Annual administration report of the Civil Veterinary Department, Ajmere-Merwara, British Rajputana - 1914-1940
Year: 1914
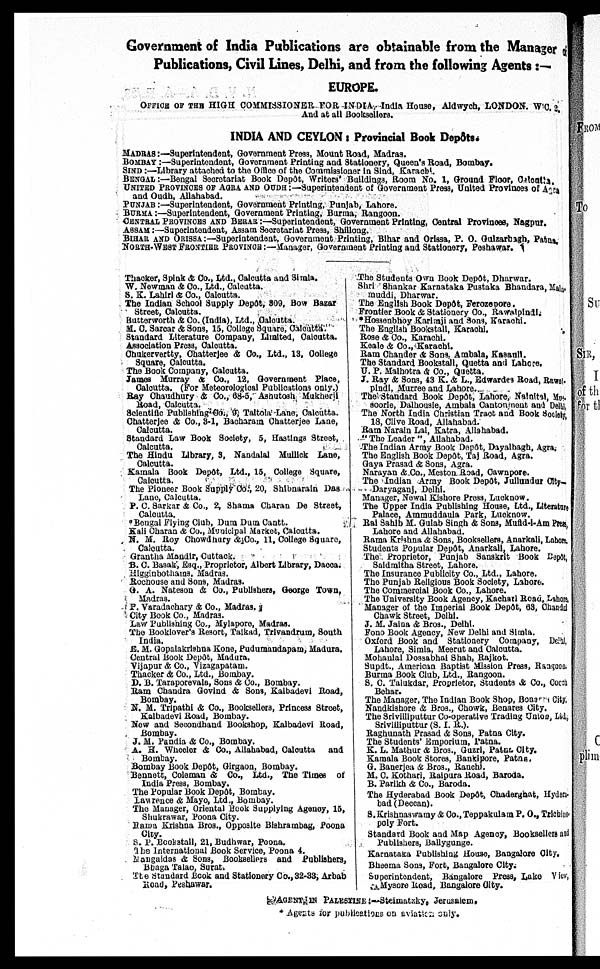
Government of India Publications are obtainable from the Manager of
Publications, Civil Lines, Delhi, and from the following Agents:—
EUROPE.
OFFICE OF THE HIGH COMMISSIONER FOR INDIA, India House, Aldwych, LONDON. W'C. 2.
And at all Booksellers.
INDIA AND CEYLON: Provincial Book Depôts.
MADRAS:—Superintendent, Government Press, Mount Road, Madras.
BOMBAY:— Superintendent, Government Printing and Stationery, Queen's Road, Bombay.
SIND:—Library attached to the Office of the Commissioner in Sind, Karachi.
BENGAL:—Bengal Soorotariat Book Depôt, Writers' Buildings, Room No. 1, Ground Floor, Calcutta.
UNITED PROVINCE OF AGRA AND OUDH:—Superintendent of Government Press, United Provinces of Agra
and Oudh, Allahabad.
PUNJAB:—Superintendent, Government Printing, Punjab, Lahore.
BURMA:—Superintendent, Government Printing, Burma, Rangoon.
CENTRAL PROVINCES AND BERAR:—Superintendent, Government Printing, Central Provinces, Nagpur.
ASSAM:—Superintendent, Assam Secretariat Press, Shillong.
BIHAR AND ORISSA:—Superintendent, Government Printing, Bihar and Orissa, P. O. Gulzarbagh, Patna.
NORTH-WEST FRONTIER PROVINCE:—Manager, Government Printing and Stationery, Peshawar.
Thacker, Spink & Co., Ltd., Calcutta and Simla.
W. Newman & Co., Ltd., Calcutta.
S. K. Lahiri & Co., Calcutta.
The Indian School Supply Depôt, 809, Bow Bazar
Street, Calcutta.
Butterworth & Co. (India), Ltd., Calcutta.
M. C. Sarcar & Sons, 15, College Square, Calcutta.
Standard Literature Company, Limited, Calcutta.
Association Press, Calcutta.
Chukervertty, Chatterjee & Co., Ltd., 13, College
Square, Calcutta.
The Book Company, Calcutta.
James Murray & Co., 12, Government Place,
Calcutta. (For Meteorological Publications only.)
Ray Chaudhury & Co., 68-5, Ashatosh Mukherji
Road, Calcutta.
Scientific Publishing Co., 9, Taltola Lane, Calcutta.
Chatterjee & Co., 3-1, Bacharata Chatterjee Lane,
Calcutta.
Standard Law Book Society, 5, Hastings Street,
Calcutta.
The Hindu Library, 3, Nandalal Mullick Lane,
Calcutta.
Kamala Book Depôt, Ltd., 15, College Square,
Calcutta.
The Pioneer Book Supply Co., 20, Shibnarain Das
Lane, Calcutta.
P. C. Sarkar & Co., 2, Shama Charan De Street,
Calcutta.
*Bengal Flying Club, Dum Dum Cantt.
Kali Charan & Co., Municipal Market, Calcutta.
N. M. Roy Chowdhury & Co., 11, College Square,
Calcutta.
Grantha Mandir, Cuttack.
B. C. Basak, Esq., Proprietor, Albert Library, Dacca.
Higginbothains, Madras.
Rochouse and Sons, Madras.
G. A. Nateson & Co., Publishers, George Town,
Madras.
P. Varadachary & Co., Madras.
City Book Co., Madras.
Law Publishing Co., Mylapore, Madras.
The Booklover's Resort, Taikad, Trivandrum, South
India.
E. M. Gopalakrishna Kone, Pudumandapam, Madura.
Central book Depôt, Madura.
Vijapur & Co., Vizagapatam.
Thacker & Co., Ltd., Bombay.
D. B. Taraporevala, Sons & Co., Bombay.
Ram Chandra Govind & Sons, Kalbadevi Road,
Bombay.
N. M. Tripathi & Co., Booksellers, Princess Street,
Kalbadevi Road, Bombay.
New and Secondhand Bookshop, Kalbadevi Road,
Bombay.
J. M. Pandia & Co., Bombay.
A. H. Wheeler & Co., Allahabad, Calcutta
and
Bombay.
Bombay Book Depôt, Girgaon, Bombay.
Bennett, Coleman & Co., Ltd., The Times of
India Press, Bombay.
The Popular Book Depôt, Bombay.
Lawrence & Mayo, Ltd., Bombay.
The Manager, Oriental Book Supplying Agency, 15,
Shukrawar, Poona City.
Rama Krishna Bros., Opposite Bishrambag, Poona
City.
S. P. Bookstall, 21, Budhwar, Poona.
The International Book Service, Poona 4.
Mangaldas & Sons, Booksellers and Publishers,
Bhaga Talao, Surat.
The standard Book and Stationery Co., 32-33, Arbab
Road, Peshawar.
The Students Own Book Depôt, Dharwar.
Shri Shankar Karnataka Pustaka Bhandara, Mala-
muddi, Dharwar.
The English Book Depôt, Ferozepore.
Frontier Book & Stationery Co., Rawalpindi.
*Hossenbhoy Karimji and Sons, Karachi.
The English Bookstall, Karachi.
Rose & Co., Karachi.
Keale & Co., Karachi.
Ram Chander & Sons, Ambala, Kasanll.
The Standard Bookstall, Quetta and Lahore.
U. P. Malhotra & Co., Quetta.
J. Ray & Sons, 43 K. & L., Edwardes Road, Rawal-
pindi, Murree and Lahore.
The. Standard Book Depôt, Lahore, Nainital, Mu-
soorie, Dalhousie, Ambala Cantonmont and Delhi
The North India Christian Tract and Book Society,
18, Clive Road, Allahabad.
Ram Narain Lal, Katra, Allahabad.
"The Leader", Allahabad.
The Indian Army Book Depôt, Dayalbagh, Agra,
The English Book Depôt, Taj Road, Agra.
Gaya Prasad & Sons, Agra.
Narayan & Co., Meston Road, Cawnpore.
The Indian Army Book Depôt, Jullundur City-
Daryaganj, Delhi.
Manager, Newal Kishore Press, Lucknow.
The Upper India Publishing House, Ltd., Literature
Palace, Ammaddaula Park, Lucknow.
Rai Sahib M. Gulab Singh & Sons, Mufid-i-Am Press,
Lahore and Allahabad.
Rama Krishna & Sons, Booksellers, Anarkali, Lahore.
Students Popular Depôt, Anarkali, Lahore.
The Proprietor, Punjab Sanskrit Book Depôt,
Saldmitha Street, Lahore.
The Insurance Publicity Co., Ltd., Lahore.
The Punjab Religious Book Society, Lahore.
The Commercial Book Co., Lahore.
The University Book Agency, Kachari Road, Lahore.
Manager of the Imperial Book Depôt, 63, Chandal
Chawk Street, Delhi.
J. M. Jaina & Bros., Delhi.
Fono Book Agency, New Delhi and Simla.
Oxford Book and Stationery Company, Delhi
Lahore, Simla, Meerut and Calcutta.
Mohanlal Dossabhai Shah, Rajkot.
Supdt., American Baptist Mission Press, Rangood.
Burma Book Club, Ltd., Rangoon.
S. C. Talukdar, Proprietor, Students & Co., Co
Behar.
The Manager, The Indian Book Shop, Bona City.
Nandkishore & Bros., Chowk, Benares City.
The Srivilliputtur Co-operative Trading Union, L
Srivilliputtur (S. I. R.).
Raghunath Prasad & Sons, Patna City.
The Students' Emporium, Patna.
K. L. Mathur & Bros., Guzri, Patna. City.
Kamala Book Stores, Banklpore, Patna.
G. Banerjea & Bros., Ranchi.
M. C. Kothari, Raipura Road, Baroda.
B. Parikh & Co., Baroda.
The Hyderabad Book Depôt, Chaderghat, Hydra-
bad (Deccan).
S. Krishnaswamy & Co., Teppakulam P. O., Trichi
poly Fort.
Standard Book and Map Agency, Booksellers and
Publishers, Ballygunge.
Karnataka Publishing House, Bangalore City.
Bheema Sons, Fort, Bangalore City.
Superintendent, Bangalore Press, Lake Vi
Mysore Road, Bangalore City.
AGENTS IN PALESTINE:-Steimatzky, Jerusalem,
* Agents for publications on untaken only.